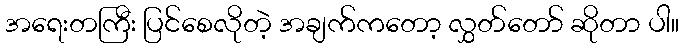
အရေးတကြီး ပြင်စေလိုတဲ့ အချက်ကတော့ လွှတ်တော် ဆိုတာ ပါ။